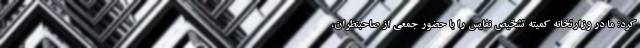
کرد: ما در وزارتخانه کمیته تشخیص نفایس را با حضور جمعی از صاحبنظران،